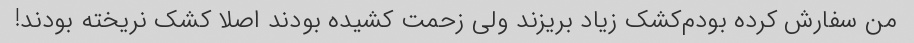
من سفارش کرده بودم‌کشک زیاد بریزند ولی زحمت کشیده بودند اصلا کشک نریخته بودند!